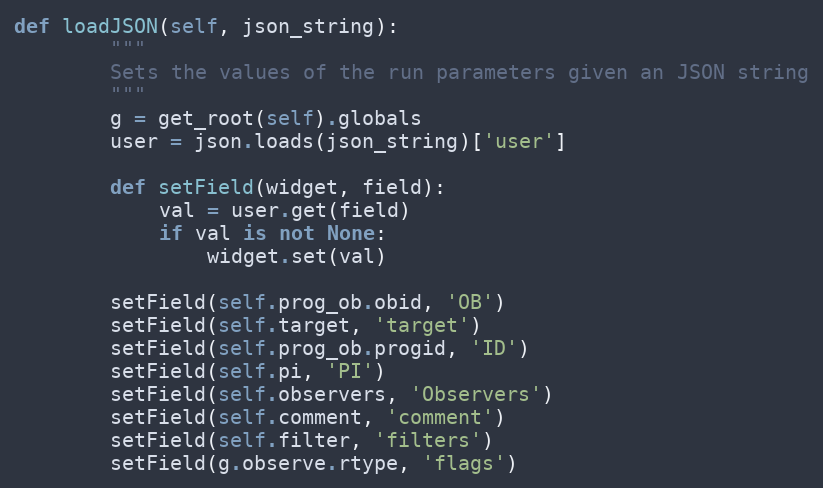
Language: Python
def loadJSON(self, json_string):
        """
        Sets the values of the run parameters given an JSON string
        """
        g = get_root(self).globals
        user = json.loads(json_string)['user']

        def setField(widget, field):
            val = user.get(field)
            if val is not None:
                widget.set(val)

        setField(self.prog_ob.obid, 'OB')
        setField(self.target, 'target')
        setField(self.prog_ob.progid, 'ID')
        setField(self.pi, 'PI')
        setField(self.observers, 'Observers')
        setField(self.comment, 'comment')
        setField(self.filter, 'filters')
        setField(g.observe.rtype, 'flags')